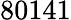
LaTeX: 80141